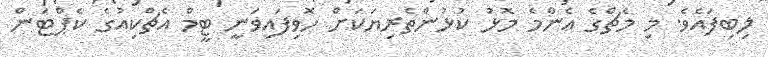
ލިބިފައެވެ. މި މެޗްގެ އެންމެ މޮޅު ކުޅުންތެރިޔަކަށް ހޮވިފައިވަނީ ޓީމް އެޗްކިއުގެ ކެޕްޓަން